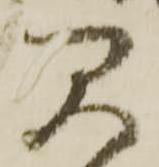
見